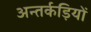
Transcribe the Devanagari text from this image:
अन्तर्कड़ियों